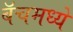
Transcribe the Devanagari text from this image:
बॅचमध्ये